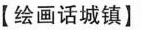
【绘画话城镇】